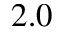
2 . 0